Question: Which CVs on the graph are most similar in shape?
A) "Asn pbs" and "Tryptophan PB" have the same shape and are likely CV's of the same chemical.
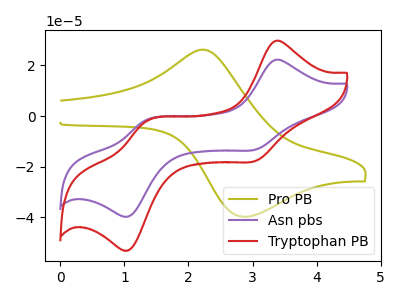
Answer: <think>The olive curve "Pro PB" has an anodic peak at (2.30V, 26.00uA) and a cathodic peak at (2.85V, -39.75uA). The purple curve "Asn pbs" has anodic peaks at (3.35V, 22.10uA) (1.35V, -1.60uA) and cathodic peaks at (3.05V, -13.20uA) (1.05V, -39.50uA). The red curve "Tryptophan PB" has anodic peaks at (3.35V, 29.55uA) (1.35V, -2.15uA) and cathodic peaks at (3.05V, -17.65uA) (1.05V, -52.80uA).
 "Pro PB" and "Asn pbs" have a different number of peaks. "Pro PB" and "Tryptophan PB" have a different number of peaks. All the peaks in "Asn pbs" have a peak in "Tryptophan PB" at the same potential.</think>
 <answer>A) "Asn pbs" and "Tryptophan PB" have the same shape and are likely CV's of the same chemical.</answer>
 <eval>A</eval>